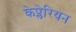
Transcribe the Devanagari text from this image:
केप्लेरियन